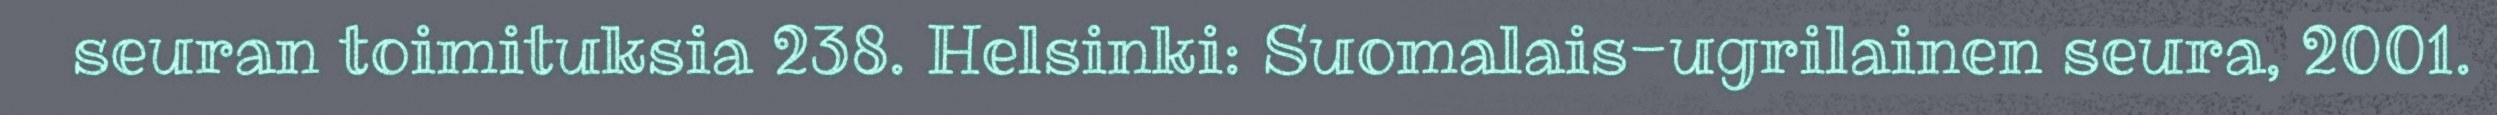
seuran toimituksia 238. Helsinki: Suomalais-ugrilainen seura, 2001.